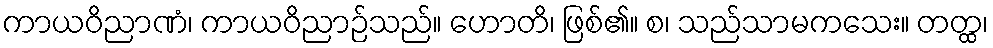
ကာယဝိညာဏံ၊ ကာယဝိညာဉ်သည်။ ဟောတိ၊ ဖြစ်၏။ စ၊ သည်သာမကသေး။ တတ္ထ၊